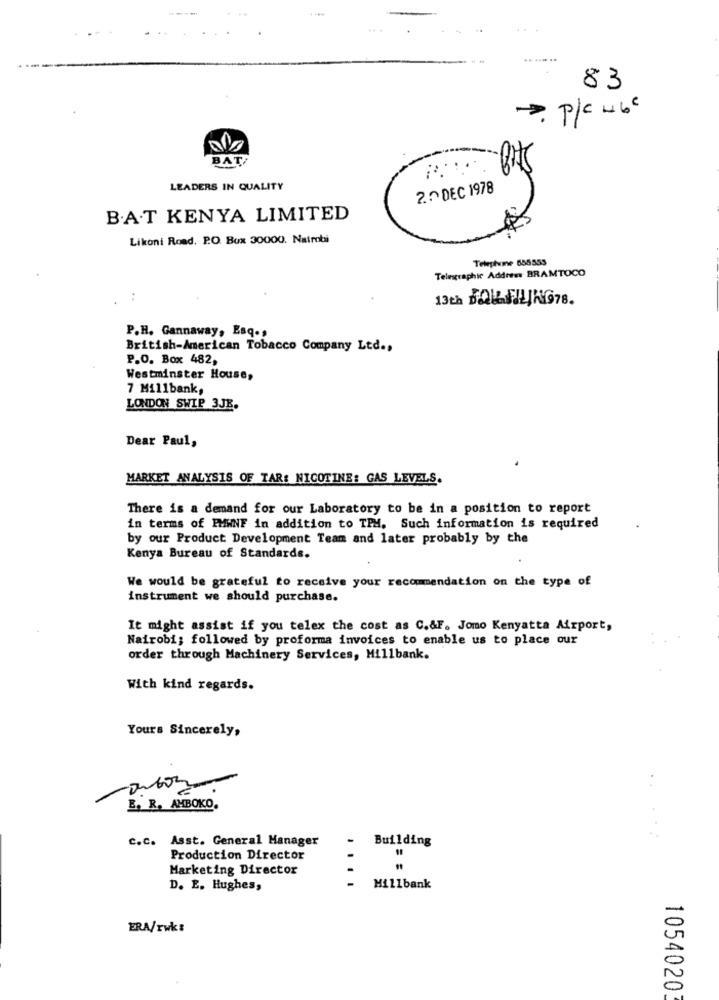
83
> P/C ~6€
BATI
LEADERS IN QUALITY
2.0 DEC 1978
B.A.T KENYA LIMITED
Likoni Road, P.O. Box 30000. Nairobi
Teleplume 555555
Telegraphic Address BRAMTOCO
:
13th BOU FILING76.
P.H. Gannaway, Esq .,
British-American Tobacco Company Ltd .,
P.O. Box 482,
Westminster House,
7 Millbank,
LONDON SWIP 3JE.
Dear Paul,
MARKET ANALYSIS OF TAR: NICOTINE: GAS LEVELS.
There is a demand for our Laboratory to be in a position to report
in terms of PMWNF in addition to TPM. Such information is required
by our Product Development Team and later probably by the
Kenya Bureau of Standards.
We would be grateful to receive your recommendation on the type of
instrument we should purchase.
It might assist if you telex the cost as C.&F. Jomo Kenyatta Airport,
Nairobi; followed by proforma invoices to enable us to place our
order through Machinery Services, Millbank.
With kind regards.
Yours Sincerely,
E, R, AMBOKO.
c.C. Asst. General Manager
Building
Production Director
Marketing Director
D. E. Hughes,
Millbank
-
ERA/rwk:
0
1054020